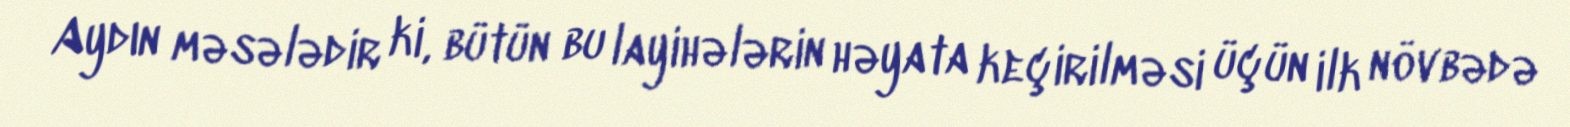
Aydın məsələdir ki, bütün bu layihələrin həyata keçirilməsi üçün ilk növbədə